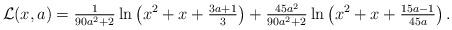
LaTeX: \begin{align*}\mathcal{L}(x,a)=\tfrac{1}{90a^{2}+2}\ln \left( x^{2}+x+\tfrac{3a+1}{3}\right) +\tfrac{45a^{2}}{90a^{2}+2}\ln \left( x^{2}+x+\tfrac{15a-1}{45a}\right) . \end{align*}